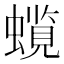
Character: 𧒋